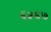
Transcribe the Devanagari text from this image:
६५६७